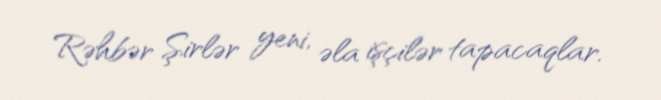
Rəhbər Şirlər yeni, əla işçilər tapacaqlar.